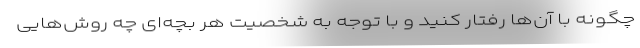
چگونه با آن‌ها رفتار کنید و با توجه به شخصیت هر بچه‌ای چه روش‌هایی